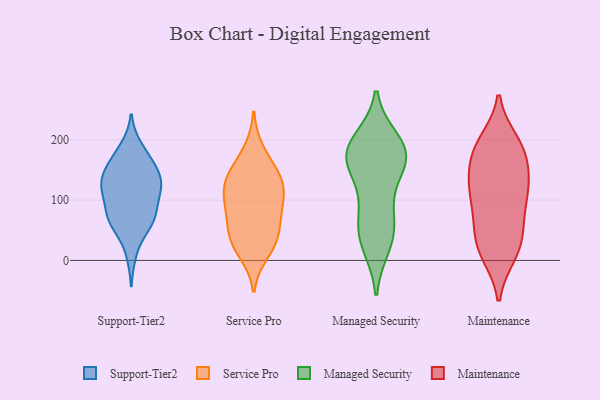
{"axis": {"x": "Bounce Rate (%)", "y": "Value"}, "legend": ["Maintenance", "Managed Security", "Service Pro", "Support-Tier2"], "data": [{"x": "", "y": 70, "type": "Support-Tier2"}, {"x": "", "y": 70, "type": "Support-Tier2"}, {"x": "", "y": 12, "type": "Support-Tier2"}, {"x": "", "y": 126, "type": "Support-Tier2"}, {"x": "", "y": 187, "type": "Support-Tier2"}, {"x": "", "y": 161, "type": "Support-Tier2"}, {"x": "", "y": 85, "type": "Support-Tier2"}, {"x": "", "y": 123, "type": "Support-Tier2"}, {"x": "", "y": 138, "type": "Support-Tier2"}, {"x": "", "y": 100, "type": "Support-Tier2"}, {"x": "", "y": 68, "type": "Support-Tier2"}, {"x": "", "y": 120, "type": "Support-Tier2"}, {"x": "", "y": 159, "type": "Support-Tier2"}, {"x": "", "y": 57, "type": "Support-Tier2"}, {"x": "", "y": 178, "type": "Support-Tier2"}, {"x": "", "y": 61, "type": "Support-Tier2"}, {"x": "", "y": 124, "type": "Support-Tier2"}, {"x": "", "y": 146, "type": "Support-Tier2"}, {"x": "", "y": 122, "type": "Support-Tier2"}, {"x": "", "y": 134, "type": "Service Pro"}, {"x": "", "y": 103, "type": "Service Pro"}, {"x": "", "y": 149, "type": "Service Pro"}, {"x": "", "y": 35, "type": "Service Pro"}, {"x": "", "y": 65, "type": "Service Pro"}, {"x": "", "y": 13, "type": "Service Pro"}, {"x": "", "y": 79, "type": "Service Pro"}, {"x": "", "y": 182, "type": "Service Pro"}, {"x": "", "y": 142, "type": "Service Pro"}, {"x": "", "y": 31, "type": "Service Pro"}, {"x": "", "y": 86, "type": "Service Pro"}, {"x": "", "y": 120, "type": "Service Pro"}, {"x": "", "y": 117, "type": "Service Pro"}, {"x": "", "y": 36, "type": "Service Pro"}, {"x": "", "y": 184, "type": "Managed Security"}, {"x": "", "y": 174, "type": "Managed Security"}, {"x": "", "y": 106, "type": "Managed Security"}, {"x": "", "y": 51, "type": "Managed Security"}, {"x": "", "y": 171, "type": "Managed Security"}, {"x": "", "y": 172, "type": "Managed Security"}, {"x": "", "y": 70, "type": "Managed Security"}, {"x": "", "y": 179, "type": "Managed Security"}, {"x": "", "y": 38, "type": "Managed Security"}, {"x": "", "y": 26, "type": "Managed Security"}, {"x": "", "y": 156, "type": "Managed Security"}, {"x": "", "y": 197, "type": "Managed Security"}, {"x": "", "y": 103, "type": "Maintenance"}, {"x": "", "y": 146, "type": "Maintenance"}, {"x": "", "y": 11, "type": "Maintenance"}, {"x": "", "y": 186, "type": "Maintenance"}, {"x": "", "y": 193, "type": "Maintenance"}, {"x": "", "y": 29, "type": "Maintenance"}, {"x": "", "y": 197, "type": "Maintenance"}, {"x": "", "y": 122, "type": "Maintenance"}, {"x": "", "y": 18, "type": "Maintenance"}, {"x": "", "y": 173, "type": "Maintenance"}, {"x": "", "y": 60, "type": "Maintenance"}, {"x": "", "y": 123, "type": "Maintenance"}, {"x": "", "y": 148, "type": "Maintenance"}, {"x": "", "y": 64, "type": "Maintenance"}, {"x": "", "y": 186, "type": "Maintenance"}, {"x": "", "y": 103, "type": "Maintenance"}, {"x": "", "y": 118, "type": "Maintenance"}, {"x": "", "y": 10, "type": "Maintenance"}, {"x": "", "y": 54, "type": "Maintenance"}]}